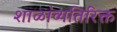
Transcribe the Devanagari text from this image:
शाळांव्यतिरिक्त